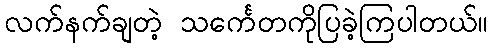
လက်နက်ချတဲ့ သင်္ကေတကိုပြခဲ့ကြပါတယ်။